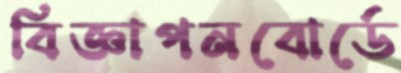
বিজ্ঞাপনবোর্ডে